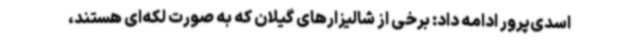
اسدی‌پرور ادامه داد: برخی از شالیزارهای گیلان که به صورت لکه‌ای هستند،